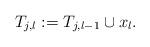
LaTeX: \begin{align*}T_{j,l} := T_{j,l-1} \cup x_{l}.\end{align*}